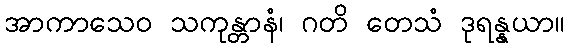
အာကာသေဝ သကုန္တာနံ၊ ဂတိ တေသံ ဒုရန္နယာ။